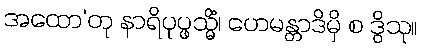
အထော’တု နာရိပုပ္ဖသ္မိံ၊ ဟေမန္တာဒိမှိ စ ဒွိသု။